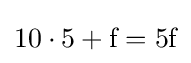
10\cdot 5+{\text{f}}={\text{5f}}